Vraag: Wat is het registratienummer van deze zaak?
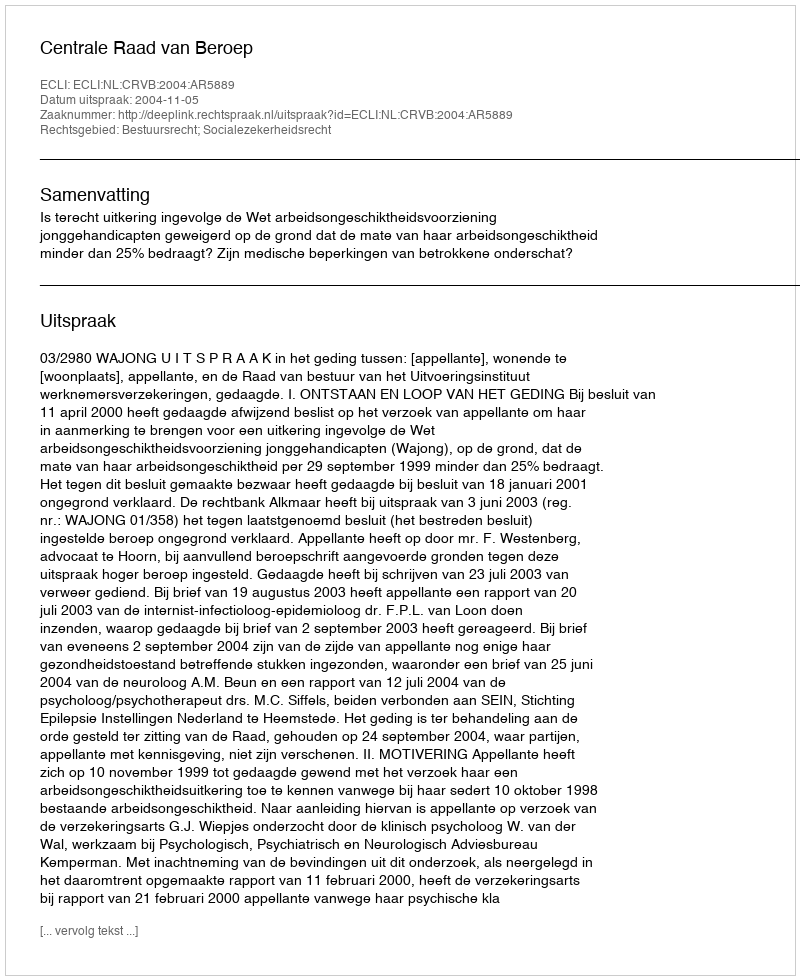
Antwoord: http://deeplink.rechtspraak.nl/uitspraak?id=ECLI:NL:CRVB:2004:AR5889